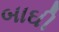
બાઘી